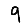
Digit: 9